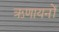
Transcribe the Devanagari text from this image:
ऋणायनों